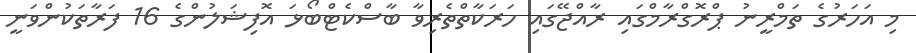
މި އަހަރުގެ ތަމްރީނު ޕްރޮގްރާމްގައި ރާއްޖޭގައި ހަރަކާތްތެރިވާ ބާސްކެޓްބޯޅަ އޮފިޝަލުންގެ 16 ފަރާތަކުންވަނީ